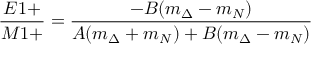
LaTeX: \frac { E 1 + } { M 1 + } = \frac { - B ( m _ { \Delta } - m _ { N } ) } { A ( m _ { \Delta } + m _ { N } ) + B ( m _ { \Delta } - m _ { N } ) }